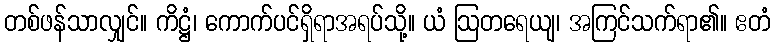
တစ်ဖန်သာလျှင်။ ကိဋ္ဌံ၊ ကောက်ပင်ရှိရာအရပ်သို့။ ယံ ဩတရေယျ၊ အကြင်သက်ရာ၏။ ဧတံ